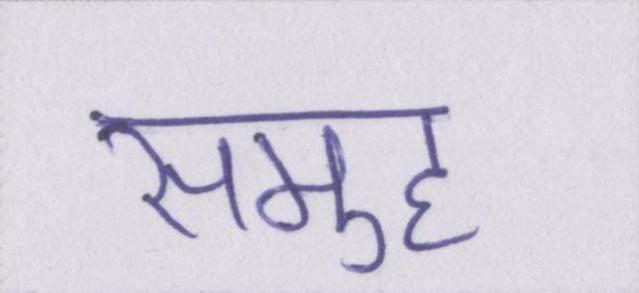
समुह